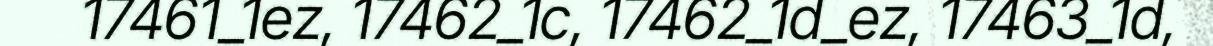
17461_1ez, 17462_1c, 17462_1d_ez, 17463_1d,